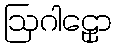
ဩဂါဠှော